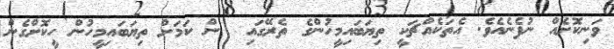
ވަނިކޮށެއް ނުފެނެއެވެ. އެތަކެއްޗަކީ ތިޔަބައިމީހުންގެ ތެރޭގައި  ން ކަމަށް ތިޔަބައިމީހުން ހީކޮށްގެން